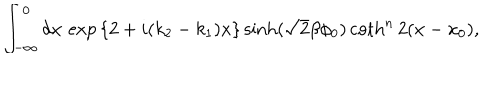
\int _ { - \infty } ^ { 0 } d x \, \exp { \left\{ 2 + i ( k _ { 2 } - k _ { 1 } ) x \right\} } \sinh ( \sqrt { 2 } \beta \phi _ { 0 } ) \coth ^ { n } 2 ( x - x _ { 0 } ) ,